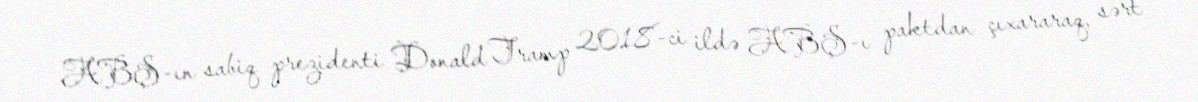
ABŞ-ın sabiq prezidenti Donald Tramp 2018-ci ildə ABŞ-ı paktdan çıxararaq, sərt